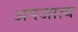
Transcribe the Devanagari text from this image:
अपजात्य